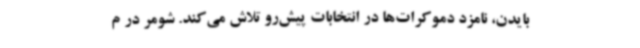
بایدن، نامزد دموکرات‌ها در انتخابات پیش‌رو تلاش می‌کند. شومر در م